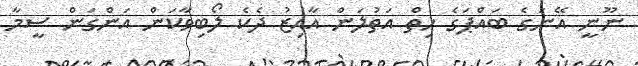
ނޫނީ އޭނަގެ ބައްޕަގެ ހިތް އަތުލަން އާއިޒު ދެކެ ލޯބިވާކަން އަންގަން ސީމާ